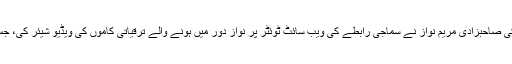
تفصیلات کے مطابق سابق وزیراعظم نواز شریف کی صاحبزادی مریم نواز نے سماجی رابطے کی ویب سائٹ ٹوئٹر پر نواز دور میں ہونے والے ترقیاتی کاموں کی ویڈیو شیئر کی، جس کے پس منظر میں سجاد علی کا گانا چل رہا ہے۔